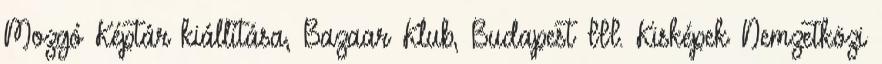
Mozgó Képtár kiállítása, Bazaar Klub, Budapest III. Kisképek Nemzetközi